Scientific memoirs by medical officers of the Army of India - Part XII,
Year: 1901
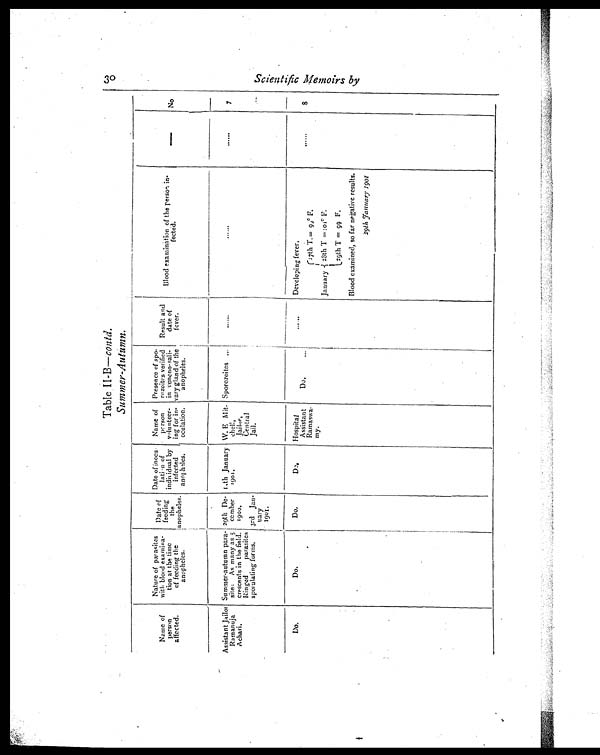
Table II-B— could.
Summer-Autumn.
Name of
person
affected.
Nature of parasites
with blood examina-
tion at the time
of feeding the
anopheles.
Date of
feedingt h e
anopheles.
Date
of inccu-
l a t i o n o f
individual by
infected
anopheles.
Name of
person
volunteer-
ing for in-
oculation.
Presence of spo-
rozoites verified
in veneno-sali-
vary gland of the
anopheles.
Result and
date of
fever.
Blood examination of the person in-
fected.
—
No
Assistant Jailot
Ramanuja
Achari.
Summer-autumn para-
site: As many as 5
crescents in the field.
Ringed parasites
speculating forms.
29th De-
cember
1901.
14th January
1901.
W. E Mit-
chell,
Jailor,
Central
Jail.
Sporozoites . . .
. . . . . .
. . . . . .
. . . . . .
7
13rd Jan-
nary
1901.
Do.
Do.
Do.
D.
Hospital
Assistant
Ramaswa.
my.
Do.
...
. . . . . .
Developing fever.
.....
8
January
17th T.= 99º F.
28th T =101º F.
29th T = 99 F.
Blood examined, so far negative results.
29th January 1901